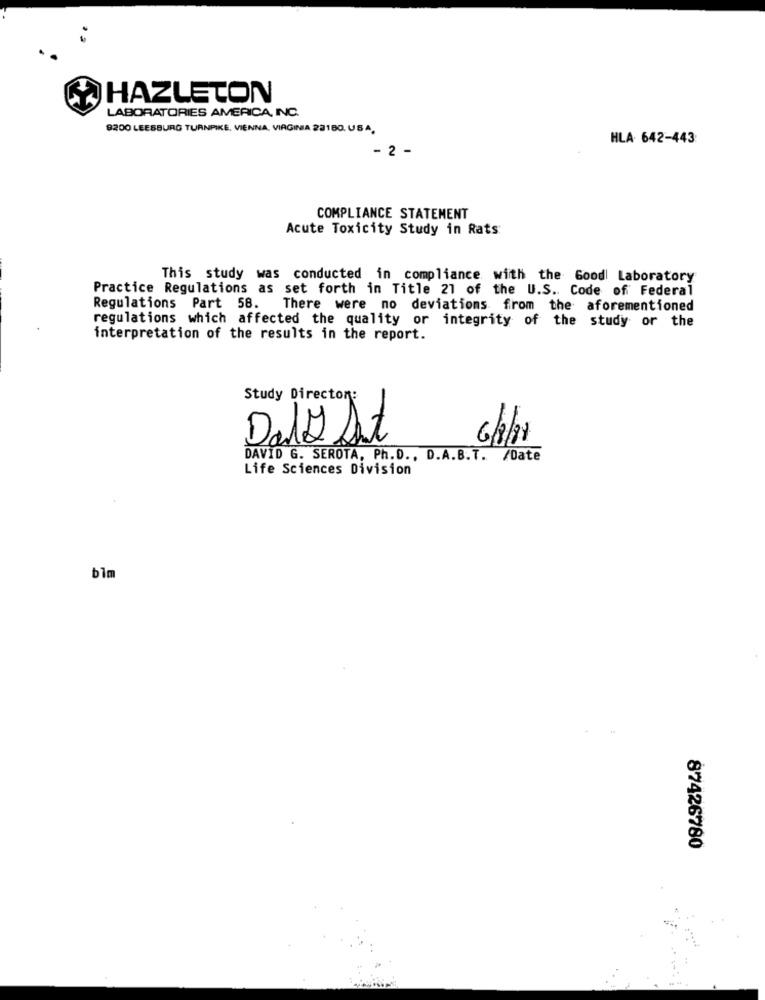
HAZLETON
LABORATORIES AMERICA, INC.
9200 LEESBURG TURNPIKE, VIENNA, VIRGINIA 23180. USA.
HLA 642-443
- 2 -
COMPLIANCE STATEMENT
Acute Toxicity Study in Rats
This study was conducted in compliance with the Good Laboratory
Practice Regulations as set forth in Title 21 of the U.S. Code of Federal
Regulations Part 58. There were no deviations from the aforementioned
regulations which affected the quality or integrity of the study or the
interpretation of the results in the report.
Study Directon:
Daly St
DAVID G. SEROTA, Ph.D ., D.A.B.T. /Date
Life Sciences Division
blm
87426780